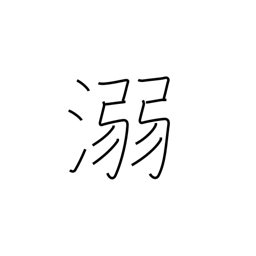
Meaning: drown